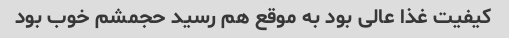
کیفیت غذا عالی بود به موقع هم رسید حجمشم خوب بود